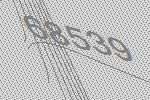
68539